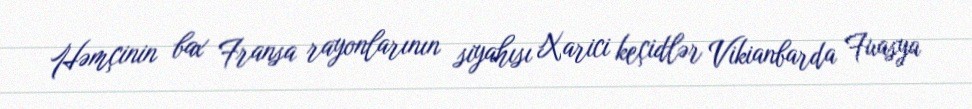
Həmçinin bax Fransa rayonlarının siyahısı Xarici keçidlər Vikianbarda Fuasya